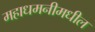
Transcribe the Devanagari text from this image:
महाधमनीमधील